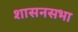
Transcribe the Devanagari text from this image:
शासनसभा